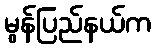
မွန်ပြည်နယ်က